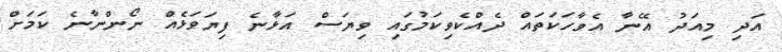
އަދި މިއަދު އޭނާ އެވާހަކަތައް ދެއްކެވިކަމުގައި ވިޔަސް އަޅާނެ ފިޔަވަޅެއް ނޯންނާނެ ކަމަށް